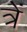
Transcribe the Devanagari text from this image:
त्रें